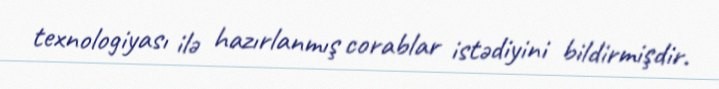
texnologiyası ilə hazırlanmış corablar istədiyini bildirmişdir.